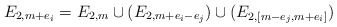
\begin{align*}E_{2,m+e_i} = E_{2,m} \cup (E_{2, m+e_i -e_j}) \cup (E_{2, [m-e_j, m+e_i] })\end{align*}